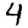
Digit: 4